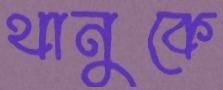
থানুকে